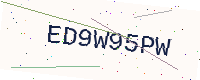
Text: ED9W95PW